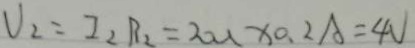
V _ { 2 } = I _ { 2 } R _ { 2 } = 2 0 u \times 0 . 2 A = 4 V